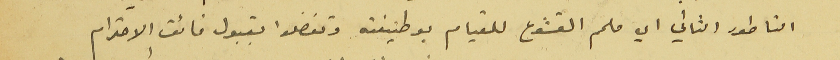
الناطور الثاني اي ملحم القشوع للقيام بوظيفته وتفضلوا بقبول فائق الاحترام